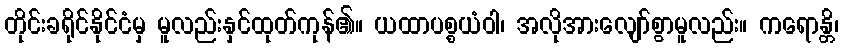
တိုင်းခရိုင်နိုင်ငံမှ မူလည်းနှင်ထုတ်ကုန်၏။ ယထာပစ္စယံဝါ၊ အလိုအားလျော်စွာမူလည်း။ ကရောန္တိ၊